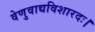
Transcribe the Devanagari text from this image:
वेणुवाद्यविशारदः।